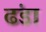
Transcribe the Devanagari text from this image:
ढंडा